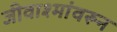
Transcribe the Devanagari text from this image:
जीवाश्मांवरून